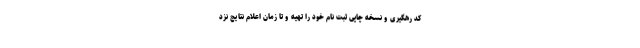
کد رهگیری و نسخه چاپی ثبت نام خود را تهیه و تا زمان اعلام نتایج نزد